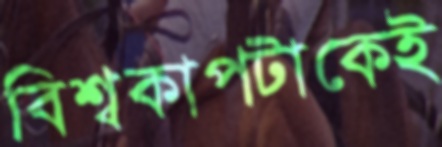
বিশ্বকাপটাকেই